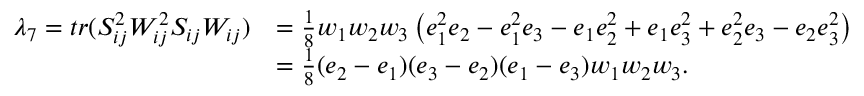
\begin{array} { r l } { \lambda _ { 7 } = t r ( S _ { i j } ^ { 2 } W _ { i j } ^ { 2 } S _ { i j } W _ { i j } ) } & { = \frac 1 8 w _ { 1 } w _ { 2 } w _ { 3 } \left( e _ { 1 } ^ { 2 } e _ { 2 } - e _ { 1 } ^ { 2 } e _ { 3 } - e _ { 1 } e _ { 2 } ^ { 2 } + e _ { 1 } e _ { 3 } ^ { 2 } + e _ { 2 } ^ { 2 } e _ { 3 } - e _ { 2 } e _ { 3 } ^ { 2 } \right) } \\ & { = \frac 1 8 ( e _ { 2 } - e _ { 1 } ) ( e _ { 3 } - e _ { 2 } ) ( e _ { 1 } - e _ { 3 } ) w _ { 1 } w _ { 2 } w _ { 3 } . } \end{array}